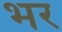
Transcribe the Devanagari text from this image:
भर